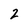
Character: 2